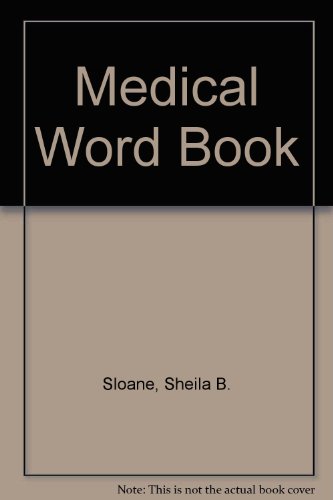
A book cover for The medical word book;: A spelling and vocabulary guide to medical transcription; Sheila B Sloane; Medical Books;